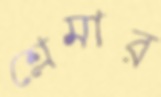
শ্লেমার